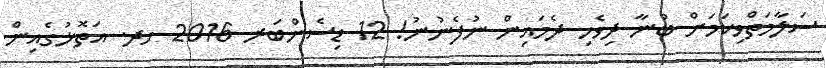
ސަލާމަތްވިކަމަށް ބުނާ ދިވެހި ދެމައިން ނުފެނުނު! 12 ޑިސެންބަރ 2016 ހދ. އަތޮޅުގެއިން